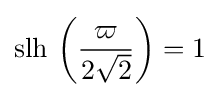
\operatorname {slh} \,\left({\frac {\varpi }{2{\sqrt {2}}}}\right)=1